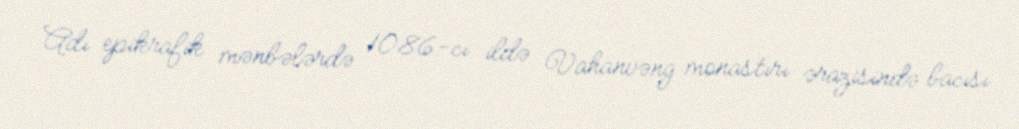
Adı epikrafik mənbələrdə 1086-cı ildə Vahanvəng monastırı ərazisində bacısı